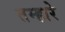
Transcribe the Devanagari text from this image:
तम्हारे